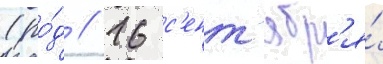
(ро́д // 16 с'ент'ябр'я́